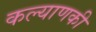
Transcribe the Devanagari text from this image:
कल्याणकी